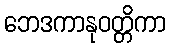
ဘေဒကာနုဝတ္တိကာ